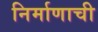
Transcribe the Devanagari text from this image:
निर्माणाची